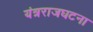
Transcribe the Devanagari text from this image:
यंत्रराजघटना